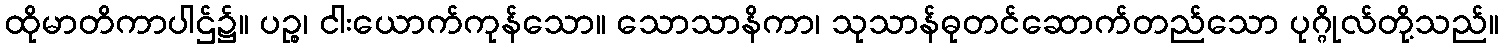
ထိုမာတိကာပါဌ်၌။ ပဉ္စ၊ ငါးယောက်ကုန်သော။ သောသာနိကာ၊ သုသာန်ဓုတင်ဆောက်တည်သော ပုဂ္ဂိုလ်တို့သည်။